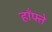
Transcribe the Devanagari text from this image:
हाँफ्ते